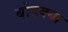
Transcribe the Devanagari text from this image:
बोडक्या